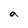
Character: a